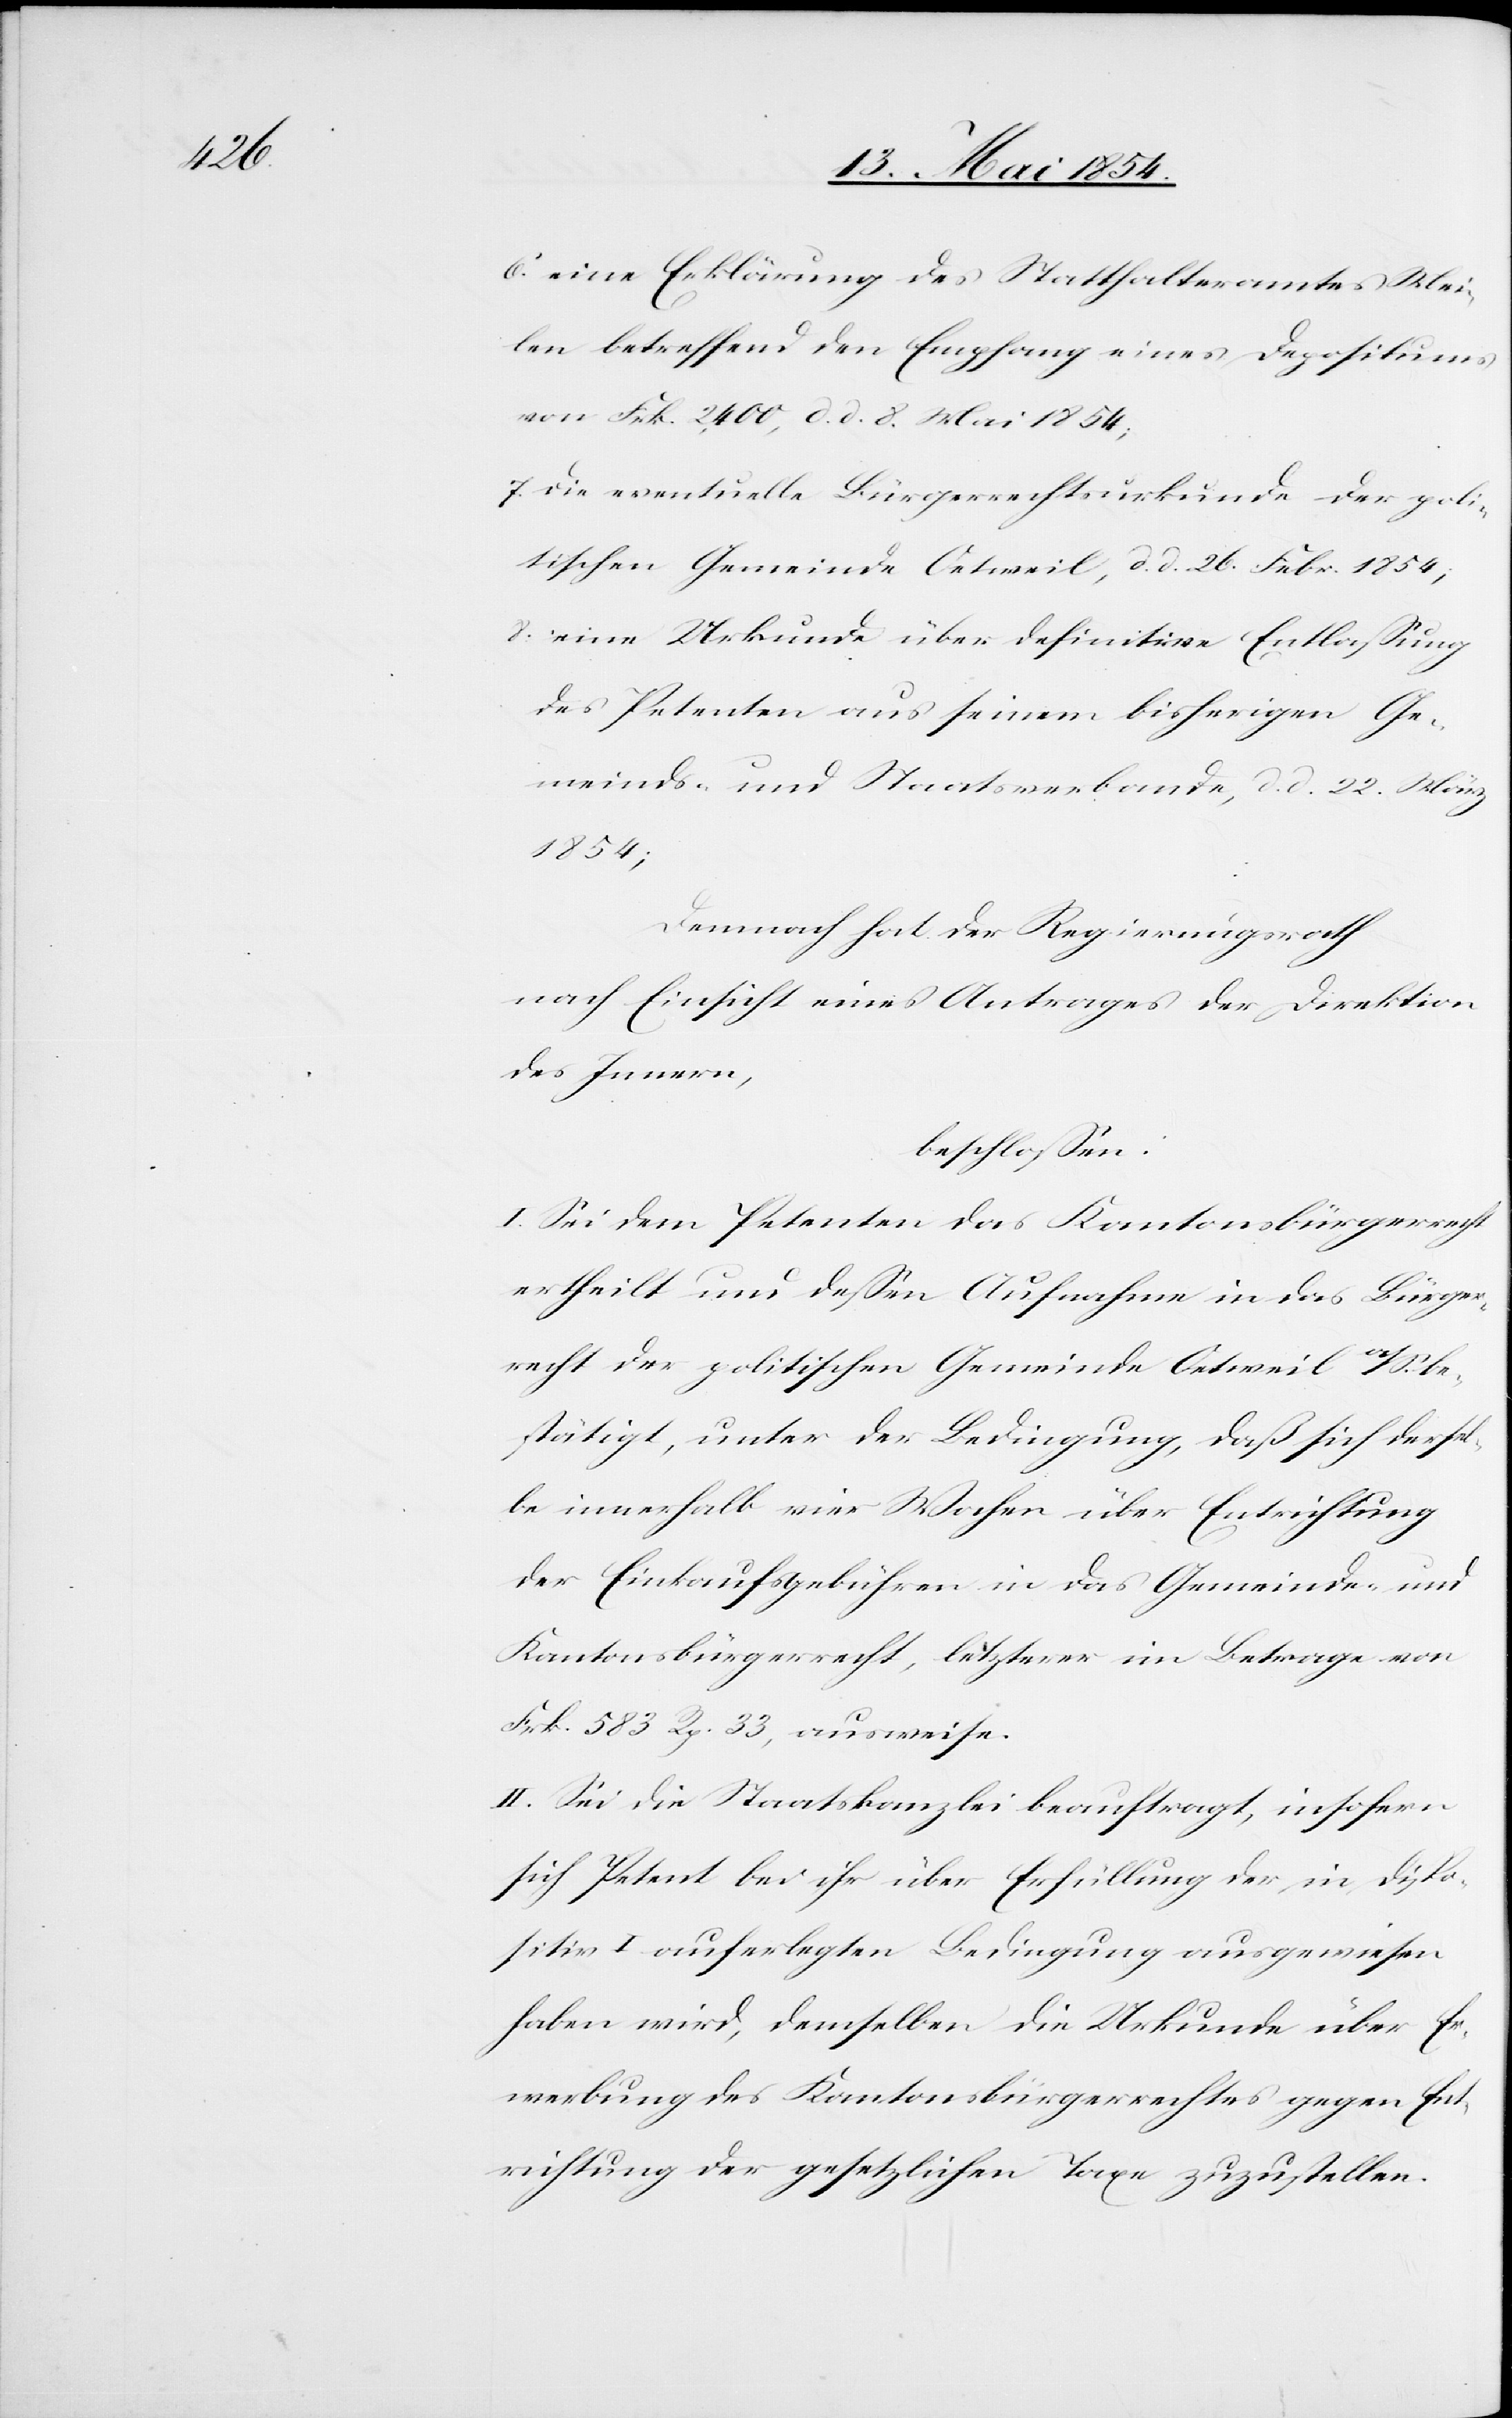
6. eine Erklärung des Statthalteramtes Mei¬
len betreffend den Empfang eines Depositums
von Frk. 2,400, d. d. 8. Mai 1854;
7. die eventuelle Bürgerrechtsurkunde der poli¬
tischen Gemeinde Oetweil, d. d. 26. Febr. 1854;
8. eine Urkunde über definitive Entlaßung
des Petenten aus seinem bisherigen Ge¬
meinds- und Staatsverbande, d. d. 22. März
1854;
Demnach hat der Regierungsrath
nach Einsicht eines Antrages der Direktion
des Innern,
beschloßen:
I. Sei dem Petenten das Kantonsbürgerrecht
ertheilt und deßen Aufnahme in das Bürger¬
recht der politische Gemeinde Oetweil a/S. be¬
stätigt, unter der Bedingung, daß sich dersel¬
be innerhalb vier Wochen über Entrichtung
der Einkaufsgebühren in das Gemeinde- und
Kantonsbürgerrecht, letztere im Betrage von
Frk. 583 Rp. 33, ausweise.
II. Sei die Staatskanzlei beauftragt, insofern
sich Petent bei ihr über Erfüllung der in Dispo¬
sitiv I auferlegten Bedingung ausgewiesen
haben wird, demselben die Urkunde über Er¬
werbung des Kantonsbürgerrechtes gegen En¬
trichtung der gesetzlichen Taxe zuzustellen.